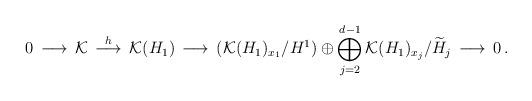
LaTeX: \begin{align*}0\,\longrightarrow\, {\mathcal K}\, \stackrel{h}{\longrightarrow}\,{\mathcal K}(H_1) \, \longrightarrow\, ({\mathcal K}(H_1)_{x_1}/H^1)\oplus \bigoplus_{j=2}^{d-1} {\mathcal K}(H_1)_{x_j}/\widetilde{H}_j\,\longrightarrow\, 0\, .\end{align*}